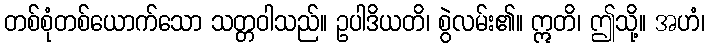
တစ်စုံတစ်ယောက်သော သတ္တဝါသည်။ ဥပါဒိယတိ၊ စွဲလမ်း၏။ ဣတိ၊ ဤသို့။ အဟံ၊